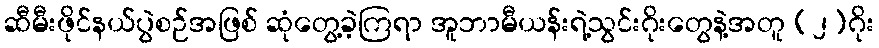
ဆီမီးဖိုင်နယ်ပွဲစဉ်အဖြစ် ဆုံတွေ့ခဲ့ကြရာ အူဘာမီယန်းရဲ့သွင်းဂိုးတွေနဲ့အတူ (၂)ဂိုး